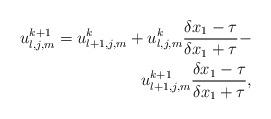
LaTeX: \begin{align*} u_{l,j,m}^{k+1} = u_{l+1,j,m}^k + u_{l,j,m}^k \frac{ \delta x_1 - \tau}{ \delta x_1 + \tau} - \\ u_{l+1,j,m}^{k+1}\frac{ \delta x_1- \tau}{ \delta x_1 + \tau},\end{align*}